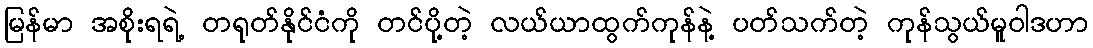
မြန်မာ အစိုးရရဲ့ တရုတ်နိုင်ငံကို တင်ပို့တဲ့ လယ်ယာထွက်ကုန်နဲ့ ပတ်သက်တဲ့ ကုန်သွယ်မူဝါဒဟာ